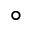
^ \circ